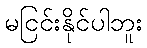
မငြင်းနိုင်ပါဘူး